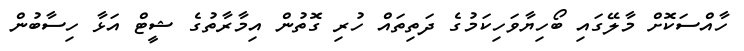
ހާއްސަކޮށް މާލޭގައި ބޯހިޔާވަހިކަމުގެ ދަތިތައް ހުރި ގޮތުން އިމާރާތުގެ ޝީޓް އަޅާ ހިސާބުން